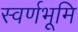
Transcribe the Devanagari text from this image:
स्वर्णभूमि